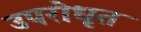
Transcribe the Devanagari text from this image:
उपरोधृत